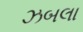
ઝબલા